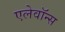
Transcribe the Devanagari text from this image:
एलेवॉन्स